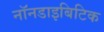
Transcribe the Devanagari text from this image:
नॉनडाइबिटिक